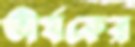
তীর্যকের